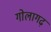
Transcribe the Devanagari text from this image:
गोलागढ़